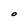
Character: O